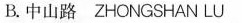
B.中山路 ZHONGSHAN LU